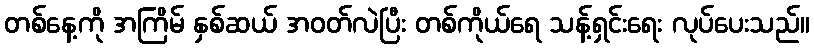
တစ်နေ့ကို အကြိမ် နှစ်ဆယ် အဝတ်လဲပြီး တစ်ကိုယ်ရေ သန့်ရှင်းရေး လုပ်ပေးသည်။